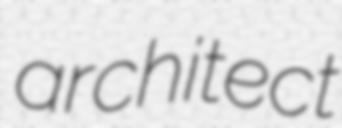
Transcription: architect